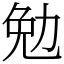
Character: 勉